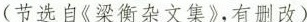
(节选自《梁衡杂文集》，有删改)